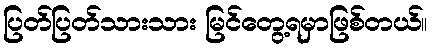
ပြတ်ပြတ်သားသား မြင်တွေ့ရမှာဖြစ်တယ်။